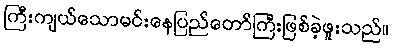
ကြီးကျယ်သောမင်းနေပြည်တော်ကြီးဖြစ်ခဲ့ဖူးသည်။